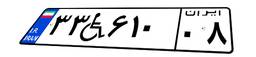
۳۳W۶۱۰۰۸